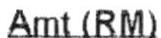
AMT(RM)